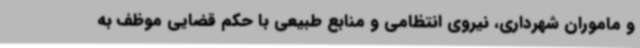
و ماموران شهرداری، نیروی انتظامی و منابع طبیعی با حکم قضایی موظف به